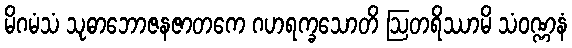
မိဂမံသံ သုဓာဘောဇနဇာတကေ ဂဟရက္ခသောတိ ဩတရိဿာမိ သံဝဏ္ဏနံ